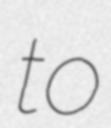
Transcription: to